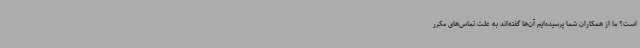
است؟ ما از همکاران شما پرسیده‌ایم آن‌ها گفته‌اند به علت تماس‌های مکرر